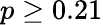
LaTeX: p\geq 0.21